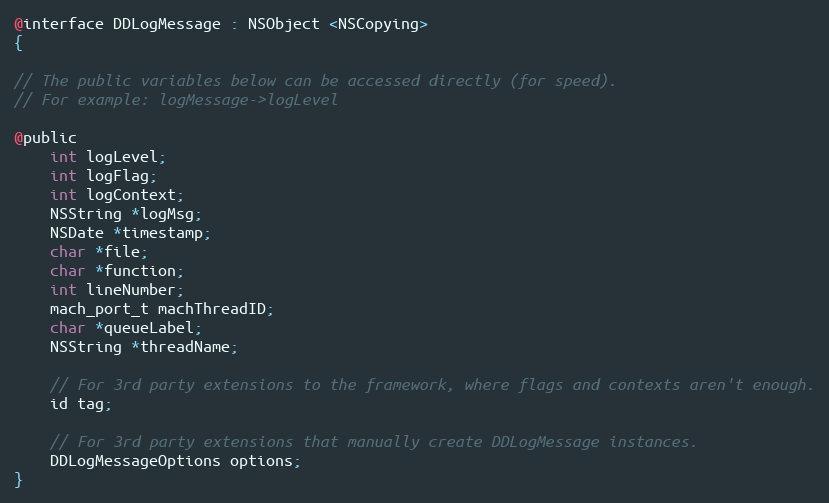
Language: C
@interface DDLogMessage : NSObject <NSCopying>
{

// The public variables below can be accessed directly (for speed).
// For example: logMessage->logLevel

@public
    int logLevel;
    int logFlag;
    int logContext;
    NSString *logMsg;
    NSDate *timestamp;
    char *file;
    char *function;
    int lineNumber;
    mach_port_t machThreadID;
    char *queueLabel;
    NSString *threadName;

    // For 3rd party extensions to the framework, where flags and contexts aren't enough.
    id tag;

    // For 3rd party extensions that manually create DDLogMessage instances.
    DDLogMessageOptions options;
}